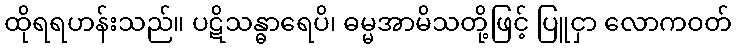
ထိုရရဟန်းသည်။ ပဋိသန္ဓာရေပိ၊ ဓမ္မအာမိသတို့ဖြင့် ပြူငှာ လောကဝတ်